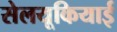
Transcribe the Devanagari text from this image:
सेलयूकियाई